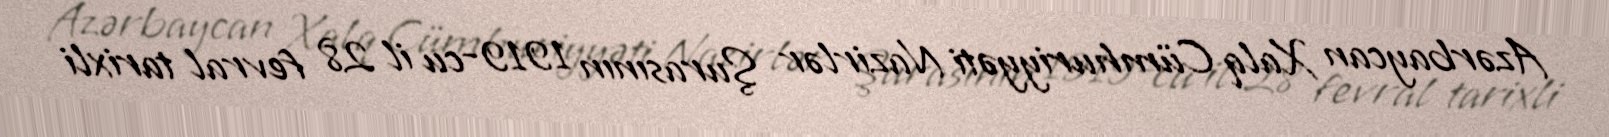
Azərbaycan Xalq Cümhuriyyəti Nazirlər Şurasının 1919-cu il 28 fevral tarixli